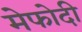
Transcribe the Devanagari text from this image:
मेफोदी